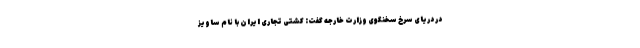
در دریای سرخ سخنگوی وزارت خارجه گفت: کشتی تجاری ایران با نام ساویز